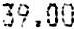
39.00